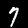
Label: 7